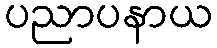
ပညာပနာယ